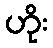
ဟိုး